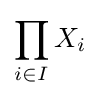
\prod _{i\in I}X_{i}